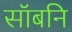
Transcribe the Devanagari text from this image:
सॉबनि